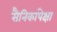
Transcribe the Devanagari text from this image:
सैनिकांपेक्षा